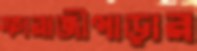
ফারাজীপাড়ার